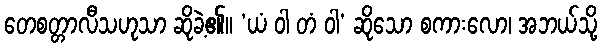
တေစတ္တာလီသဟုသာ ဆိုခဲ့၏။ ‘ယံ ဝါ တံ ဝါ’ ဆိုသော စကားလော၊ အဘယ်သို့